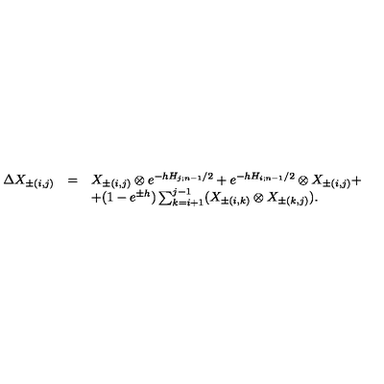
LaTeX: \begin{array} { l c l } { \Delta X _ { \pm ( i , j ) } } & { = } & { X _ { \pm ( i , j ) } \otimes e ^ { - h H _ { j ; n - 1 } / 2 } + e ^ { - h H _ { i ; n - 1 } / 2 } \otimes X _ { \pm ( i , j ) } + } \\ { } & { } & { + ( 1 - e ^ { \pm h } ) \sum _ { k = i + 1 } ^ { j - 1 } ( X _ { \pm ( i , k ) } \otimes X _ { \pm ( k , j ) } ) . } \\ \end{array}